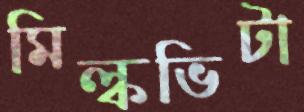
মিল্কভিটা